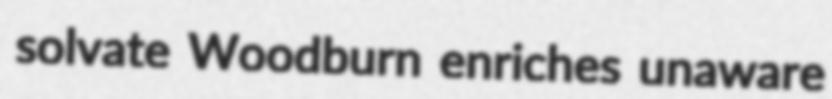
solvate Woodburn enriches unaware